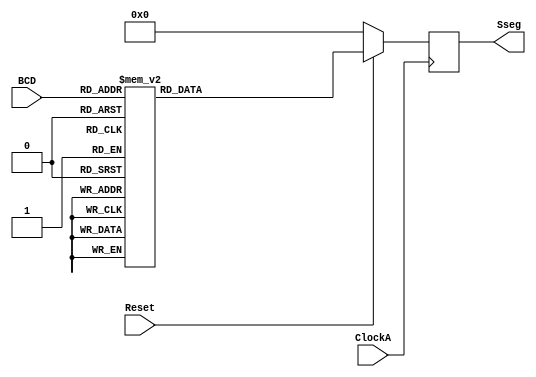
module Conversor(ClockA, Reset, BCD, Sseg);

input wire ClockA;
input wire Reset;
input wire [3:0] BCD;

output reg [6:0] Sseg;

initial begin
	Sseg=1'b0;
end


always @(posedge ClockA)begin

if(Reset==1)begin
	case(BCD)
		4'b0000:Sseg=7'b0000001; //0
		4'b0001:Sseg=7'b1001111; //1
		4'b0010:Sseg=7'b0010010; //2
		4'b0011:Sseg=7'b0000110; //3
		4'b0100:Sseg=7'b1001100; //4
		4'b0101:Sseg=7'b0100100; //5
		4'b0110:Sseg=7'b0100000; //6
		4'b0111:Sseg=7'b0001111; //7
		4'b1000:Sseg=7'b0000000; //8
		4'b1001:Sseg=7'b0000100; //9
		4'b1010:Sseg=7'b0001000; //A
		4'b1011:Sseg=7'b1100000; //B
		4'b1100:Sseg=7'b0110001; //C
		4'b1101:Sseg=7'b1000010; //D
		4'b1110:Sseg=7'b0110000; //E
		4'b1111:Sseg=7'b0100111; //F
		default:Sseg=7'b0000001; //0
	endcase
end
else Sseg=1'b0;
	
end
endmodule